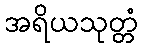
အရိယသုတ္တံ